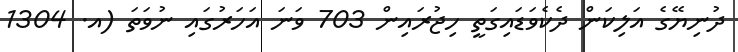
ދުނިޔޭގެ އަލިކަން ދެކެވަޑައިގަތީ ހިޖުރައިން 703 ވަނަ އަހަރުގައި ނުވަތަ (އ. 1304